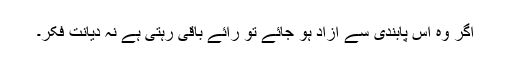
اگر وہ اس پابندی سے آزاد ہو جائے تو رائے باقی رہتی ہے نہ دیانتِ فکر۔